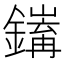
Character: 𨭅